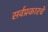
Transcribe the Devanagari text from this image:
सर्वप्रकारचे